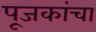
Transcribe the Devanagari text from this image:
पूजकांचा